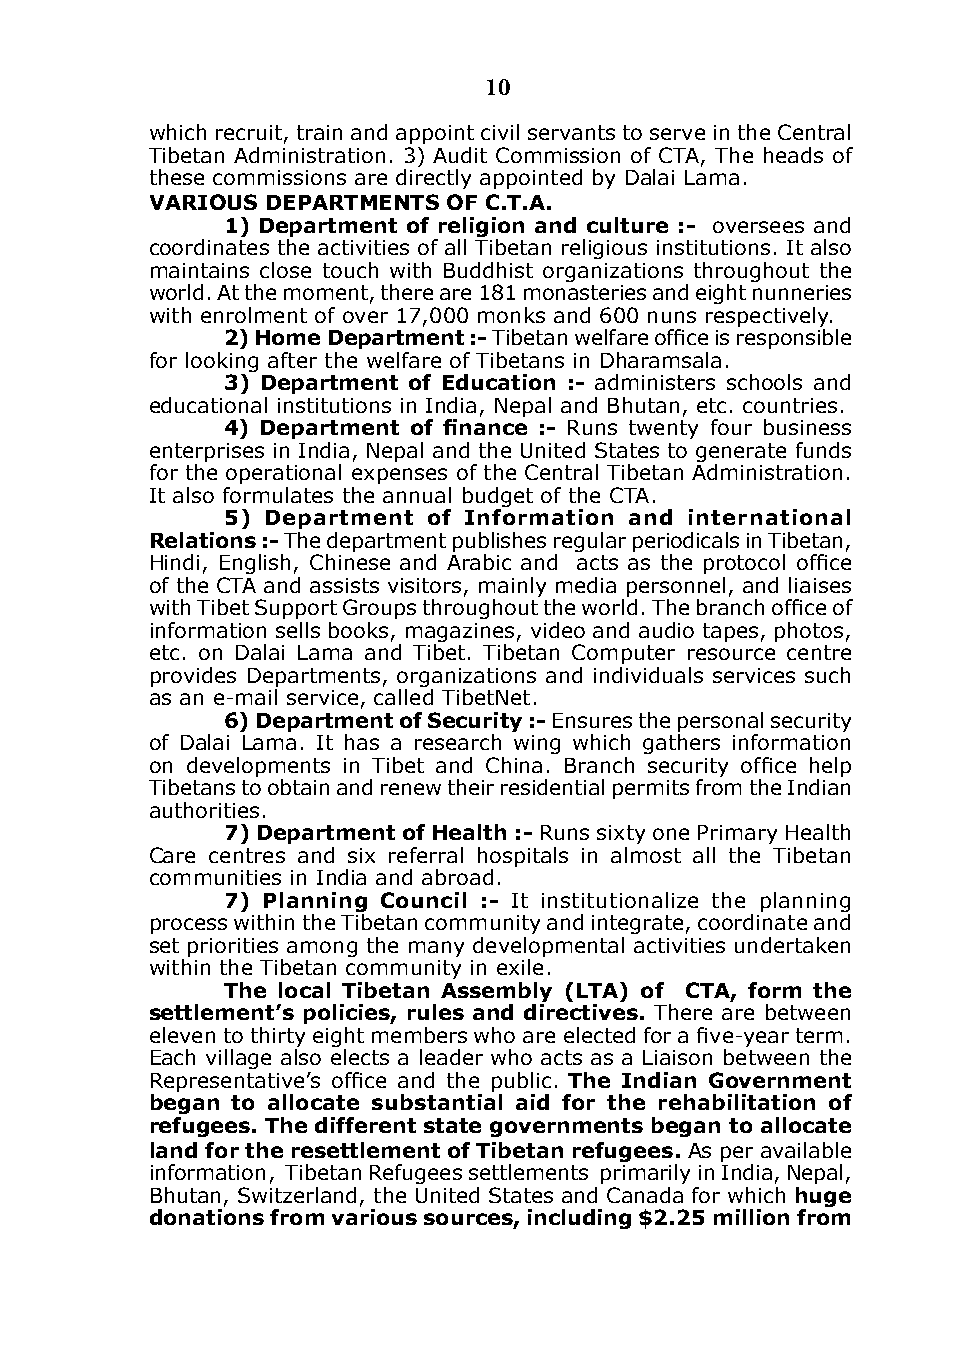
10
 which recruit, train and appoint civil servants to serve in the Central
 Tibetan Administration. 3) Audit Commission of CTA, The heads of
 these commissions are directly appointed by dalai Lama.
 VARIous dEPARTmEnTs oF c.T.A.
 1) department of religion and culture :- oversees and
 coordinates the activities of all Tibetan religious institutions. it also
 maintains close touch with Buddhist organizations throughout the
 world. At the moment, there are 181 monasteries and eight nunneries
 with enrolment of over 17,000 monks and 600 nuns respectively.
 2) Home department :- Tibetan welfare office is responsible
 for looking after the welfare of Tibetans in dharamsala.
 3) department of Education :- administers schools and
 educational institutions in india, Nepal and Bhutan, etc. countries.
 4) Department of finance :- Runs twenty four business
 enterprises in india, Nepal and the United States to generate funds
 for the operational expenses of the Central Tibetan Administration.
 it also formulates the annual budget of the CTA.
 5) department of Information and international
 Relations :- The department publishes regular periodicals in Tibetan,
 Hindi, English, Chinese and Arabic and acts as the protocol office
 of the CTA and assists visitors, mainly media personnel, and liaises
 with Tibet Support Groups throughout the world. The branch office of
 information sells books, magazines, video and audio tapes, photos,
 etc. on dalai Lama and Tibet. Tibetan Computer resource centre
 provides departments, organizations and individuals services such
 as an e-mail service, called TibetNet.
 6) department of security :- Ensures the personal security
 of dalai Lama. it has a research wing which gathers information
 on developments in Tibet and China. Branch security office help
 Tibetans to obtain and renew their residential permits from the indian
 authorities.
 7) department of Health :- Runs sixty one Primary Health
 Care centres and six referral hospitals in almost all the Tibetan
 communities in india and abroad.
 7) Planning council :- it institutionalize the planning
 process within the Tibetan community and integrate, coordinate and
 set priorities among the many developmental activities undertaken
 within the Tibetan community in exile.
 The local Tibetan Assembly (lTA) of cTA, form the
 settlement’s policies, rules and directives. There are between
 eleven to thirty eight members who are elected for a five-year term.
 Each village also elects a leader who acts as a Liaison between the
 Representative’s office and the public. The Indian government
 began to allocate substantial aid for the rehabilitation of
 refugees. The different state governments began to allocate
 land for the resettlement of Tibetan refugees. As per available
 information, Tibetan Refugees settlements primarily in india, Nepal,
 Bhutan, Switzerland, the United States and Canada for which huge
 donations from various sources, including $2.25 million from